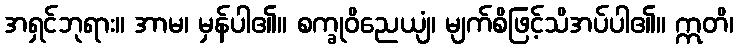
အရှင်ဘုရား။ အာမ၊ မှန်ပါ၏။ စက္ခုဝိညေယျံ၊ မျက်စိဖြင့်သိအပ်ပါ၏။ ဣတိ၊